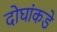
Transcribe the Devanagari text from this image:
दोघांकडे